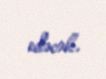
edəcək.